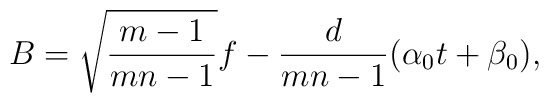
B = \sqrt{\frac{m-1}{mn-1}} f - \frac{d}{mn-1} (\alpha_0 t + \beta_0),